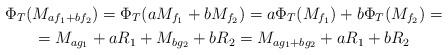
LaTeX: \begin{gather*}\Phi_T(M_{af_1+bf_2})= \Phi_T(aM_{f_1}+bM_{f_2})= a\Phi_T(M_{f_1})+b\Phi_T(M_{f_2})= \\ = M_{ag_1}+aR_1+M_{bg_2}+bR_2 = M_{ag_1+bg_2}+aR_1+bR_2\end{gather*}